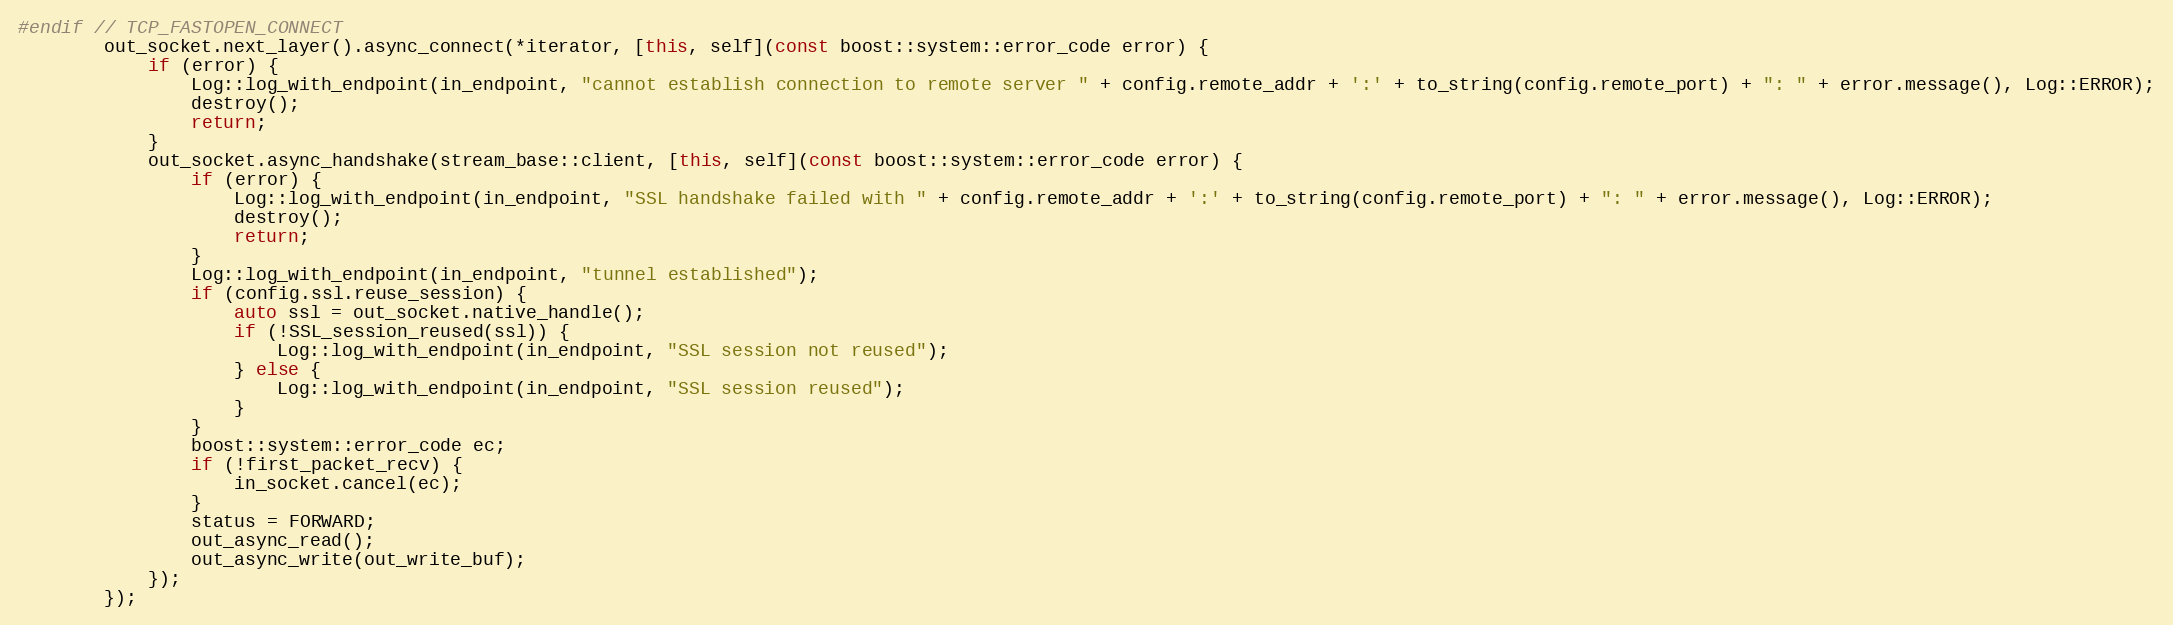
Language: C++
#endif // TCP_FASTOPEN_CONNECT
        out_socket.next_layer().async_connect(*iterator, [this, self](const boost::system::error_code error) {
            if (error) {
                Log::log_with_endpoint(in_endpoint, "cannot establish connection to remote server " + config.remote_addr + ':' + to_string(config.remote_port) + ": " + error.message(), Log::ERROR);
                destroy();
                return;
            }
            out_socket.async_handshake(stream_base::client, [this, self](const boost::system::error_code error) {
                if (error) {
                    Log::log_with_endpoint(in_endpoint, "SSL handshake failed with " + config.remote_addr + ':' + to_string(config.remote_port) + ": " + error.message(), Log::ERROR);
                    destroy();
                    return;
                }
                Log::log_with_endpoint(in_endpoint, "tunnel established");
                if (config.ssl.reuse_session) {
                    auto ssl = out_socket.native_handle();
                    if (!SSL_session_reused(ssl)) {
                        Log::log_with_endpoint(in_endpoint, "SSL session not reused");
                    } else {
                        Log::log_with_endpoint(in_endpoint, "SSL session reused");
                    }
                }
                boost::system::error_code ec;
                if (!first_packet_recv) {
                    in_socket.cancel(ec);
                }
                status = FORWARD;
                out_async_read();
                out_async_write(out_write_buf);
            });
        });